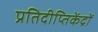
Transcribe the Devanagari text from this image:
प्रतिदीप्तिकेंद्रों